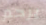
يرحم